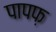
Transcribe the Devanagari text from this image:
पापफ़